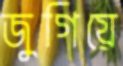
জুগিয়ে